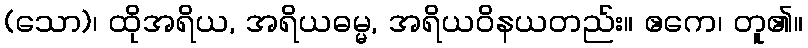
(သော)၊ ထိုအရိယ, အရိယဓမ္မ, အရိယဝိနယတည်း။ ဧကေ၊ တူ၏။